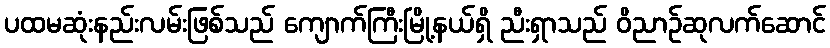
ပထမဆုံးနည်းလမ်းဖြစ်သည် ကျောက်ကြီးမြို့နယ်ရှိ ညီးရှာသည် ဝိညာဉ်ဆုလက်ဆောင်